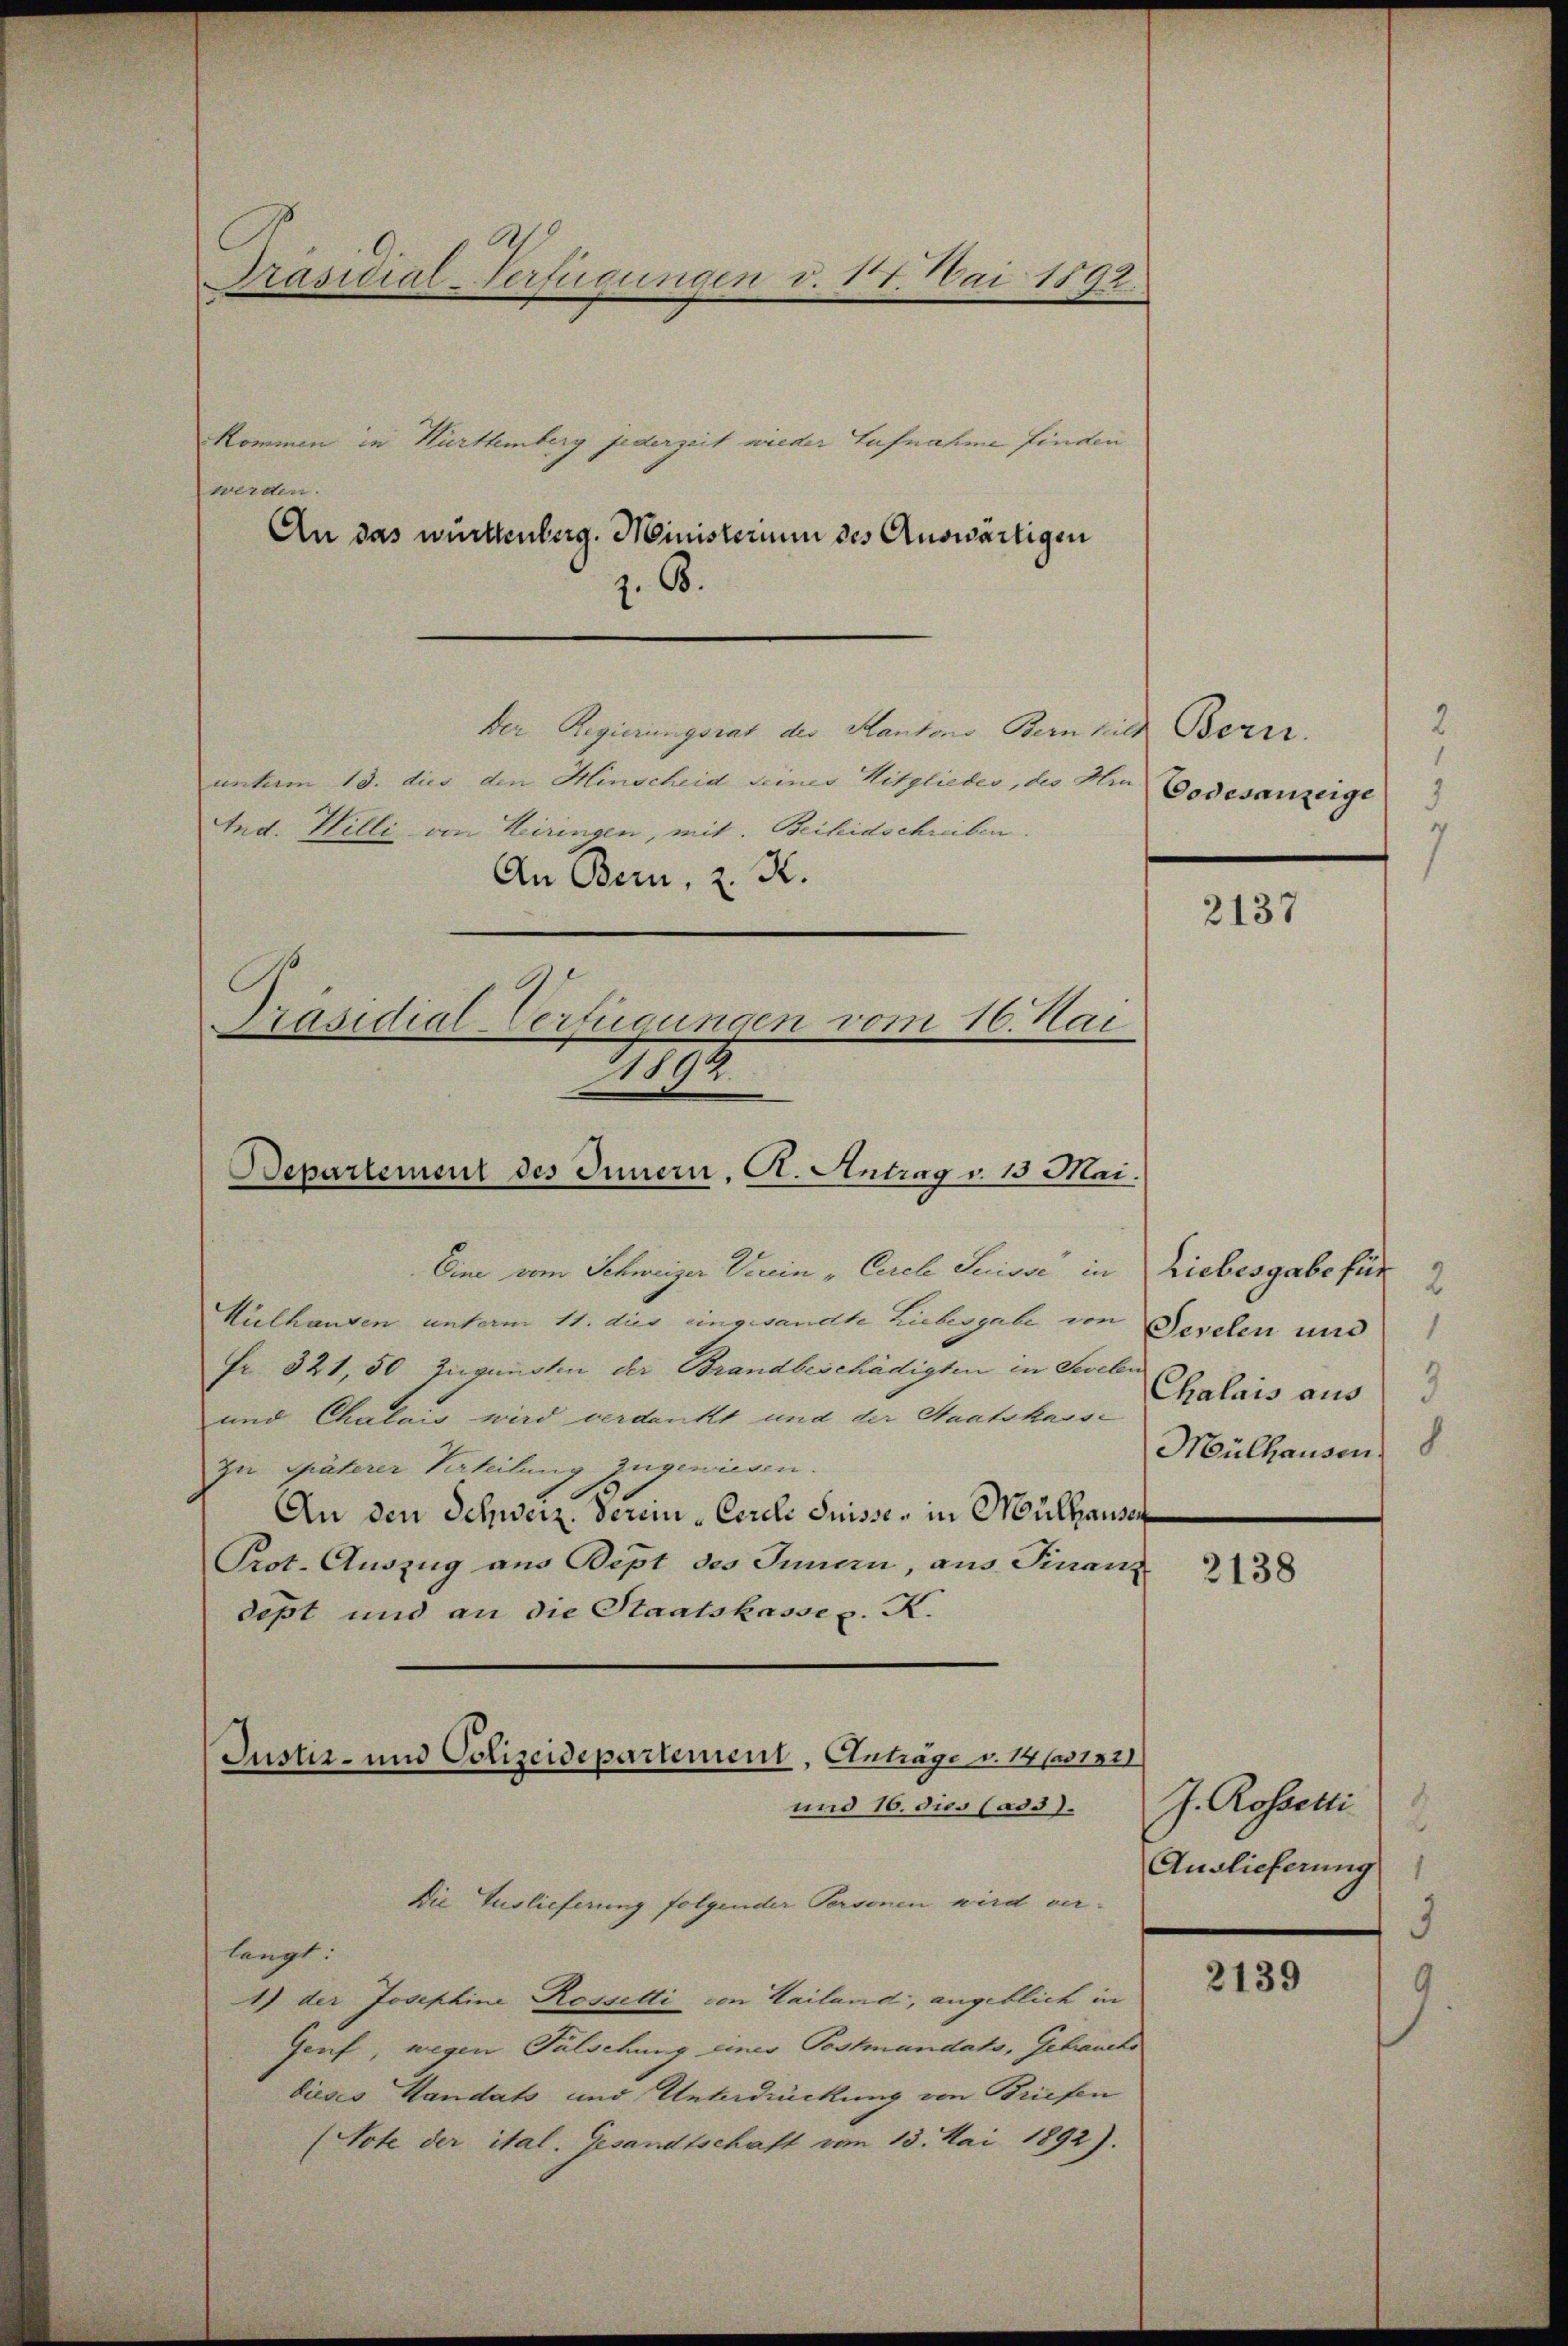
Präsidial-Verfügungen v. 17. Mai 1892.

Kommen in Hurttemberg jederzeit wieder Aufnahme finden
werden.
An das württenberg. Ministerium des Auswärtigen
z. B.
Der Regierungsrat der Kantons Bern hier Berez.
untum 13. dies den Hinscheid seiner Mitglieder, des Am Bodesanzeige
Ind. Hilli an Heiringen, mit. Beihidschreiben.
An Bern, z. R.

Präsidial-Verfügungen vom 16. Mai
1
Departement des Innern, A. Antrag v. 15 Mai.

Eine vom Schweizer Verein „Cerch Serisse in
Kielhausen unterm 11. dies eingesandte Liebesgabe von
Fr. 321,50 zugunsten der Brandbeschädigten in Seelen
und Chalais wird verdankt und der Staatskasse
zu späterer Verteilung zugewiesen.
An den Schweiz. Verein-Ceres Suisse, in Mülhauser
Prot. Auszug aus Bept des Innen, aus Finanz
dest und an die Staatskasses. K.
und 16. dies lass. J. Rossetti
Die Auslieferung folgender Personen wird verlangt:
1) der Josephine Rosselti von Hailand, angeblich in
Genf, wegen Falschung eines Postmandato, Gebrauchs
dieses Handats und Unterdrückung von Briefen
(Note der ital. Gesandtschaft vom 13. Mai 1892).

Justiz- und Polizeidepartement, Anträge v. 14/01321

2137

Liebesgabe für
Seselen und
Chalais aus
Mülhausen, 8.

2138

Auslieferung
3

2139